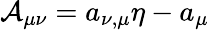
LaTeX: {\cal A}_{\mu\nu}={a}_{\nu,\mu}\eta-{a}_{\mu}